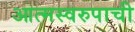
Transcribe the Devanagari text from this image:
आत्मस्वरुपाची